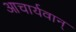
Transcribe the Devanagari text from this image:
आचार्यवान्